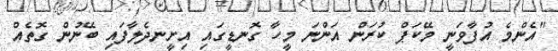
"އެންމެ އުފާވަނީ މޭކަޕް ކުރަން އަންނަ މީހާ ގޮނޑީގައި އިށީނދެލާފައި ބޭނުން ގޮތެއް